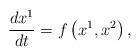
LaTeX: \begin{align*}\frac{dx^{1}}{dt}=f\left( x^{1},x^{2}\right) {,} \end{align*}